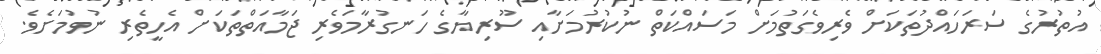
އުތުރުގެ ސަރަހައްދުތަކަށް ވެރިވެގަތުމަށް މަސައްކަތް ނުކުރުމަށާއި ސޫރިޔާގެ ހަނގުރާމަވެރި ޖަމާއަތްތަކަށް އެހީތެރި ނުވުމަށެވެ.